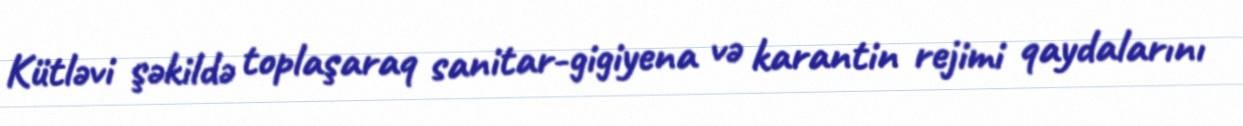
Kütləvi şəkildə toplaşaraq sanitar-gigiyena və karantin rejimi qaydalarını